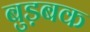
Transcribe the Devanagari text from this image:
बुड़बक